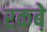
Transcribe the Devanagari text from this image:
रकबे़